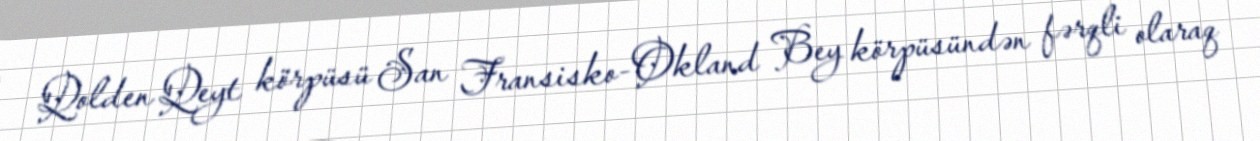
Qolden Qeyt körpüsü San Fransisko-Okland Bey körpüsündən fərqli olaraq